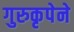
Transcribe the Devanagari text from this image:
गुरुकृपेने